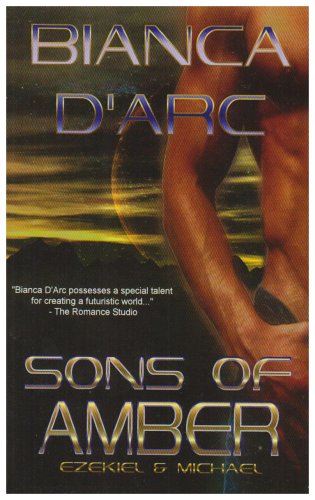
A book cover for Sons of Amber; Bianca D'Arc; Romance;